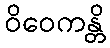
ဝိဝေကန္တိ